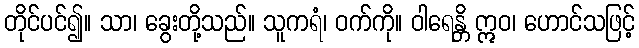
တိုင်ပင်၍။ သာ၊ ခွေးတို့သည်။ သူကရံ၊ ဝက်ကို။ ဝါရေန္တိ ဣဝ၊ ဟောင်သဖြင့်